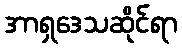
အာရှဒေသဆိုင်ရာ